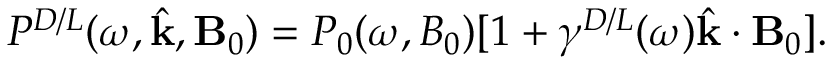
P ^ { D / L } ( \omega , \hat { \mathbf { k } } , \mathbf { B } _ { 0 } ) = P _ { 0 } ( \omega , B _ { 0 } ) [ 1 + \gamma ^ { D / L } ( \omega ) \hat { \mathbf { k } } \cdot \mathbf { B } _ { 0 } ] .